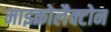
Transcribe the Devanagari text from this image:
माइकोलैक्टोन